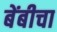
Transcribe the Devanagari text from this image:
बेंबीचा